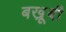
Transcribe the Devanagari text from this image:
बखू़बी